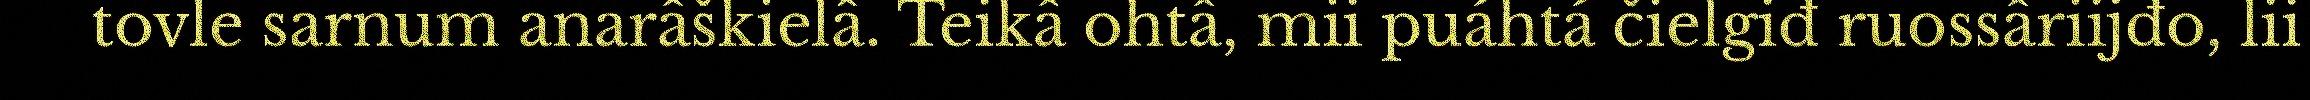
tovle sarnum anarâškielâ. Teikâ ohtâ, mii puáhtá čielgiđ ruossâriijđo, lii